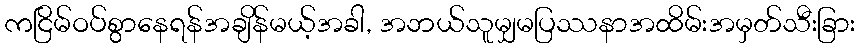
ကငြိမ်ဝပ်စွာနေရန်အချိန်မယ့်အခါ, အဘယ်သူမျှမပြဿနာအထိမ်းအမှတ်သီးခြား